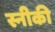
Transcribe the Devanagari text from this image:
स्नीकी